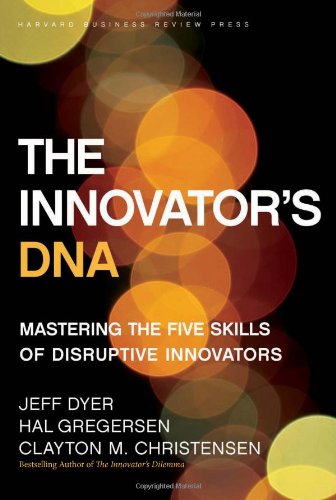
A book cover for The Innovator's DNA: Mastering the Five Skills of Disruptive Innovators; Jeff Dyer; Science & Math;